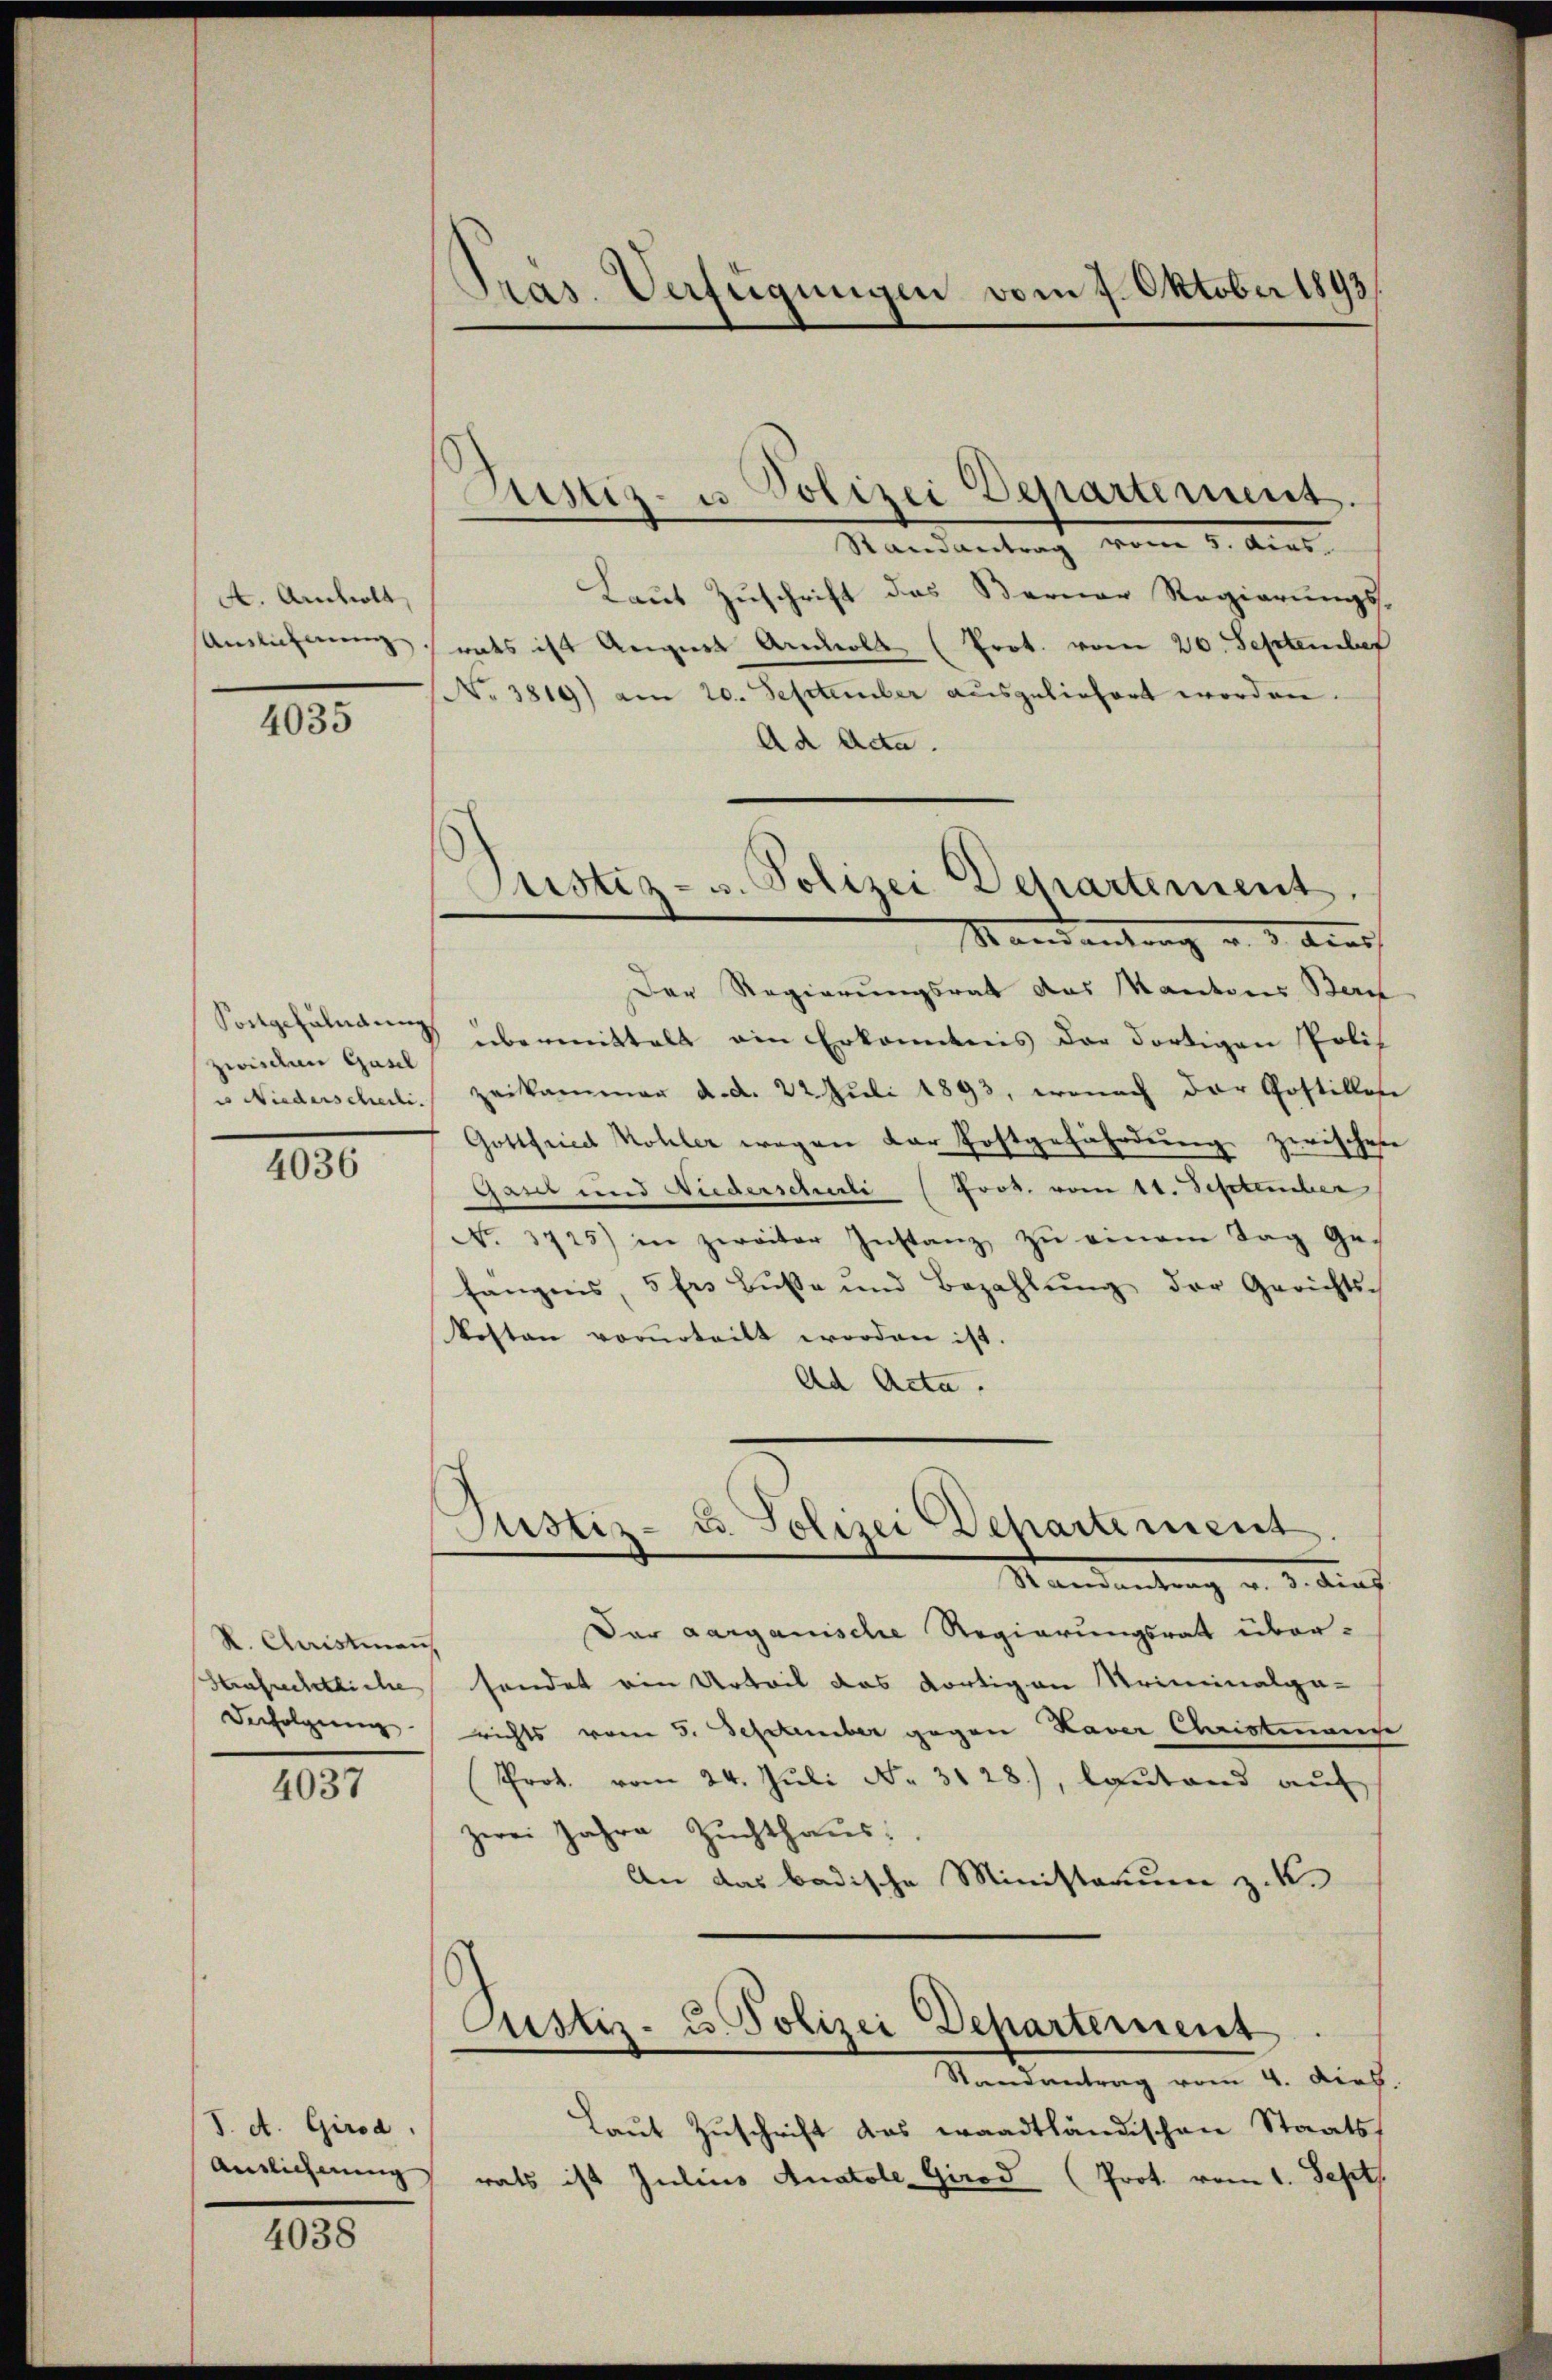
A. Ambolt,
Anslichnung

4035

Sortgefundung
zwischen Gasel
u Niederscherli.

4036

R. Christian,
Strafechtliche
Derfolgerung |

4037

S. A. Girsa,

4038

Präs. Verfügungen vom 7. Oktober 1893

Justiz- u Polizei Departement.

Randantrag vom 5. dies
Laut Zuschrift das Berner Regierungs-
rats ist August Arols (Prot. vom 20. September
No 3819) am 20. September ausgeliefert worden.
Ad Acta.
Der Regierungsrat das Mantons Beri
übermittelt ein Erkanntnis der dortigen Polis
zeikammen d. d. 22. Juli 1893, wonach der Postillen
Gottfried Kohler wegen der Postgefährdung zwischen
ganz und Niederschule (Fros. vom 11. September
No. 3725) in zweiter Instanz zŭ einem Tag gefangens 5 frs Bŭβe und Bezahlŭng der Gerichts-
kosten vorurteilt worden ist.
Ad Acta.
Justiz- u. Polizei Departement
Standantung v. J. dief
Dar aarganische Regierungsrat übersendet ein Urteil das dortigen Kriminalga-
richts vom 5. September gegen Haver Christmanne
Prot. vom 24. Juli No 3128), lautend auf
zwei Jahre Zuchthaus:
An das badische Ministraum z. K.
Justiz- u. Polizei Departement
Randantrag vom 4. dich.
Laut Zuschrift das waadtländischen Staats
Anslicherung rats ist Julius Anatole Girod (Prot. vom 1. Sept.

Justiz- u. Polizei Departement.
Mandantung u. d. Kirch